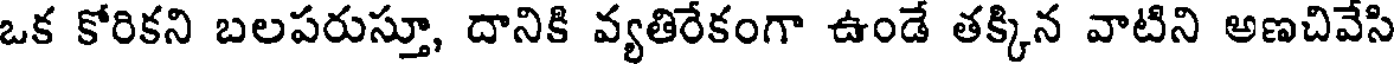
ఒక కోరికని బలపరుస్తూ, దానికి వ్యతిరేకంగా ఉండే తక్కిన వాటిని అణచివేసి